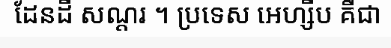
ដែនដី សណ្តរ ។ ប្រទេស អេហ្សីប គឺជា